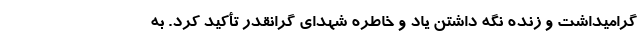
گرامیداشت و زنده نگه داشتن یاد و خاطره شهدای گرانقدر تأکید کرد. به